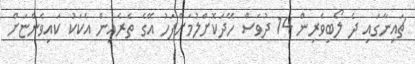
ޗައިނާގައި ދެ ލޯބިވެރިން 14 ދުވަސް ހޭދަކޮށްލުމަށްފަހު އޭގެ ތެރެއިން އެކަކު ކައިވެންޏަށް